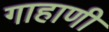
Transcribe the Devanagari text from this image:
गाहाणी